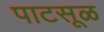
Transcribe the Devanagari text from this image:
पाटसूळ